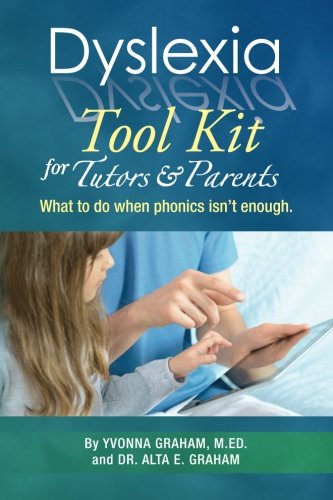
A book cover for Dyslexia Tool Kit for Tutors and Parents: What to do when phonics isn't enough; Yvonna Graham M.Ed.; Education & Teaching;